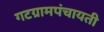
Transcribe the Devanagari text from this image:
गटग्रामपंचायती